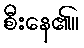
စီးနေ၏။